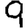
Digit: 9